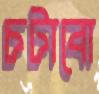
চটাবো